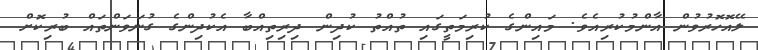
ލޭއޮހޮރުވުން އާންމުކުރިއެވެ. މައިންގެ ކުރިމަތީގައި ތުއްތު ކުދިން ދިރިތިއްބާ އެކުދިންގެ ގުނަވަންތައް ބުރިކޮށް